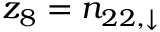
z _ { 8 } = n _ { 2 2 , \downarrow }